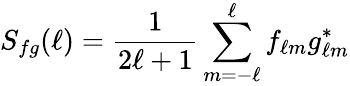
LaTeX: S_{fg}(\ell)={\frac{1}{2\ell+1}}\sum_{m=-\ell}^{\ell}f_{\ell m}g_{\ell m}^{\ast}